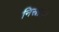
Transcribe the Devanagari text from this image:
निस्रावी